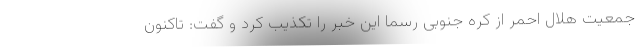
جمعیت هلال احمر از کره جنوبی رسما این خبر را تکذیب کرد و گفت: تاکنون